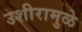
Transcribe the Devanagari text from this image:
उशीरामुळे